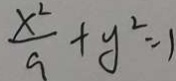
\frac { x ^ { 2 } } { 9 } + y ^ { 2 } = 1